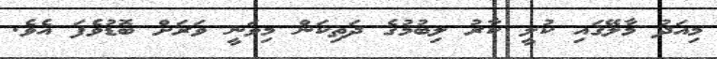
މިއަދު މާލޭގައި ކުލީ ކާރު ލިބުމުގެ ދަތިކަން މިވަނީ ވަރަށް ބޮޑުވެފަ އެވެ.